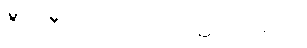
ဦးကြီးက လာဖို့အဆင်မပြေ။